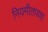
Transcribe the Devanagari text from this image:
नियमीतपणा